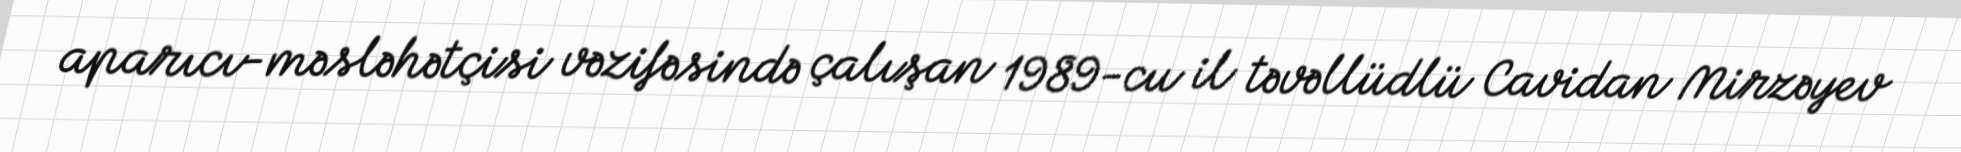
aparıcı-məsləhətçisi vəzifəsində çalışan 1989-cu il təvəllüdlü Cavidan Mirzəyev